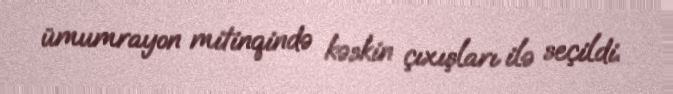
ümumrayon mitinqində kəskin çıxışları ilə seçildi.